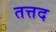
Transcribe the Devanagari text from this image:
तत्तद